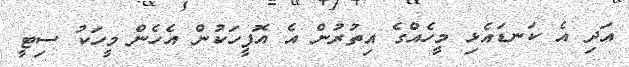
އަދި އެ ކަނޑައެޅި މީހެއްގެ އިތުރުން އެ އޮފީހަކުން އެހެން މީހަކު ސިޓީ